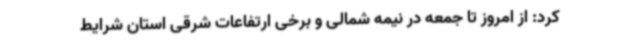
کرد: از امروز تا جمعه در نیمه شمالی و برخی ارتفاعات شرقی استان شرایط